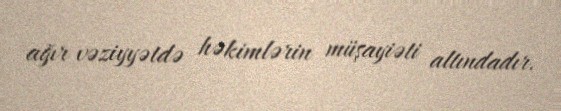
ağır vəziyyətdə həkimlərin müşayiəti altındadır.